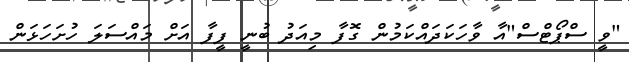
"ވީ ސްޕޯޓްސް"އާ ވާހަކަދައްކަމުން ގޮފާ މިއަދު ބުނީ ފީފާ އަށް މައްސަލަ ހުށަހަޅަން